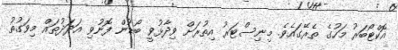
އޮކްޓޯބަރު މަހުގެ ތެރޭގައެވެ. މިނިސްޓަރު އިތުރަށް ވިދާޅުވީ ބޯޑުން ފޮނުވި އަދަދުތައް މިވަގުތު